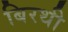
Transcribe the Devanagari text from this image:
बिरथी